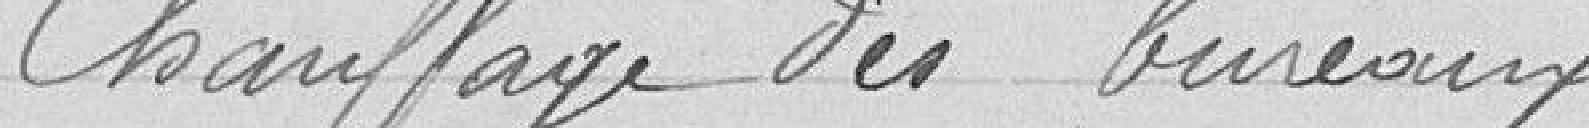
Chauffage des bureaux